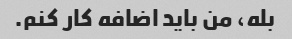
بله، من باید اضافه کار کنم.